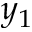
y _ { 1 }